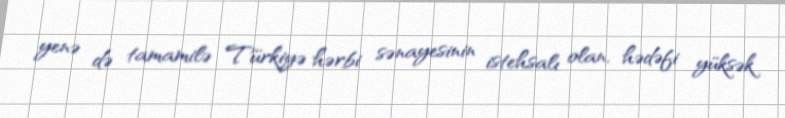
yenə də tamamilə Türkiyə hərbi sənayesinin istehsalı olan, hədəfi yüksək